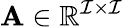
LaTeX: \mathbf{A}\in\mathbb{R}^{\mathcal{I}\times\mathcal{I}}